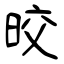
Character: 晈